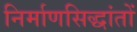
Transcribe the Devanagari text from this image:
निर्माणसिद्धांतों